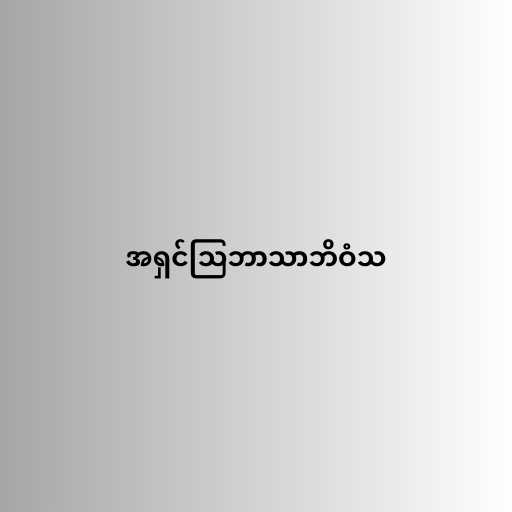
အရှင်သြဘာသာဘိဝံသ